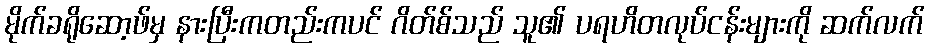
မိုက်ခရိုဆော့ဖ်မှ နားပြီးကတည်းကပင် ဂိတ်စ်သည် သူ၏ ပရဟိတလုပ်ငန်းများကို ဆက်လက်